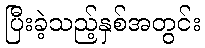
ပြီးခဲ့သည့်နှစ်အတွင်း